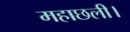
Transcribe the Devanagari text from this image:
महाछली।